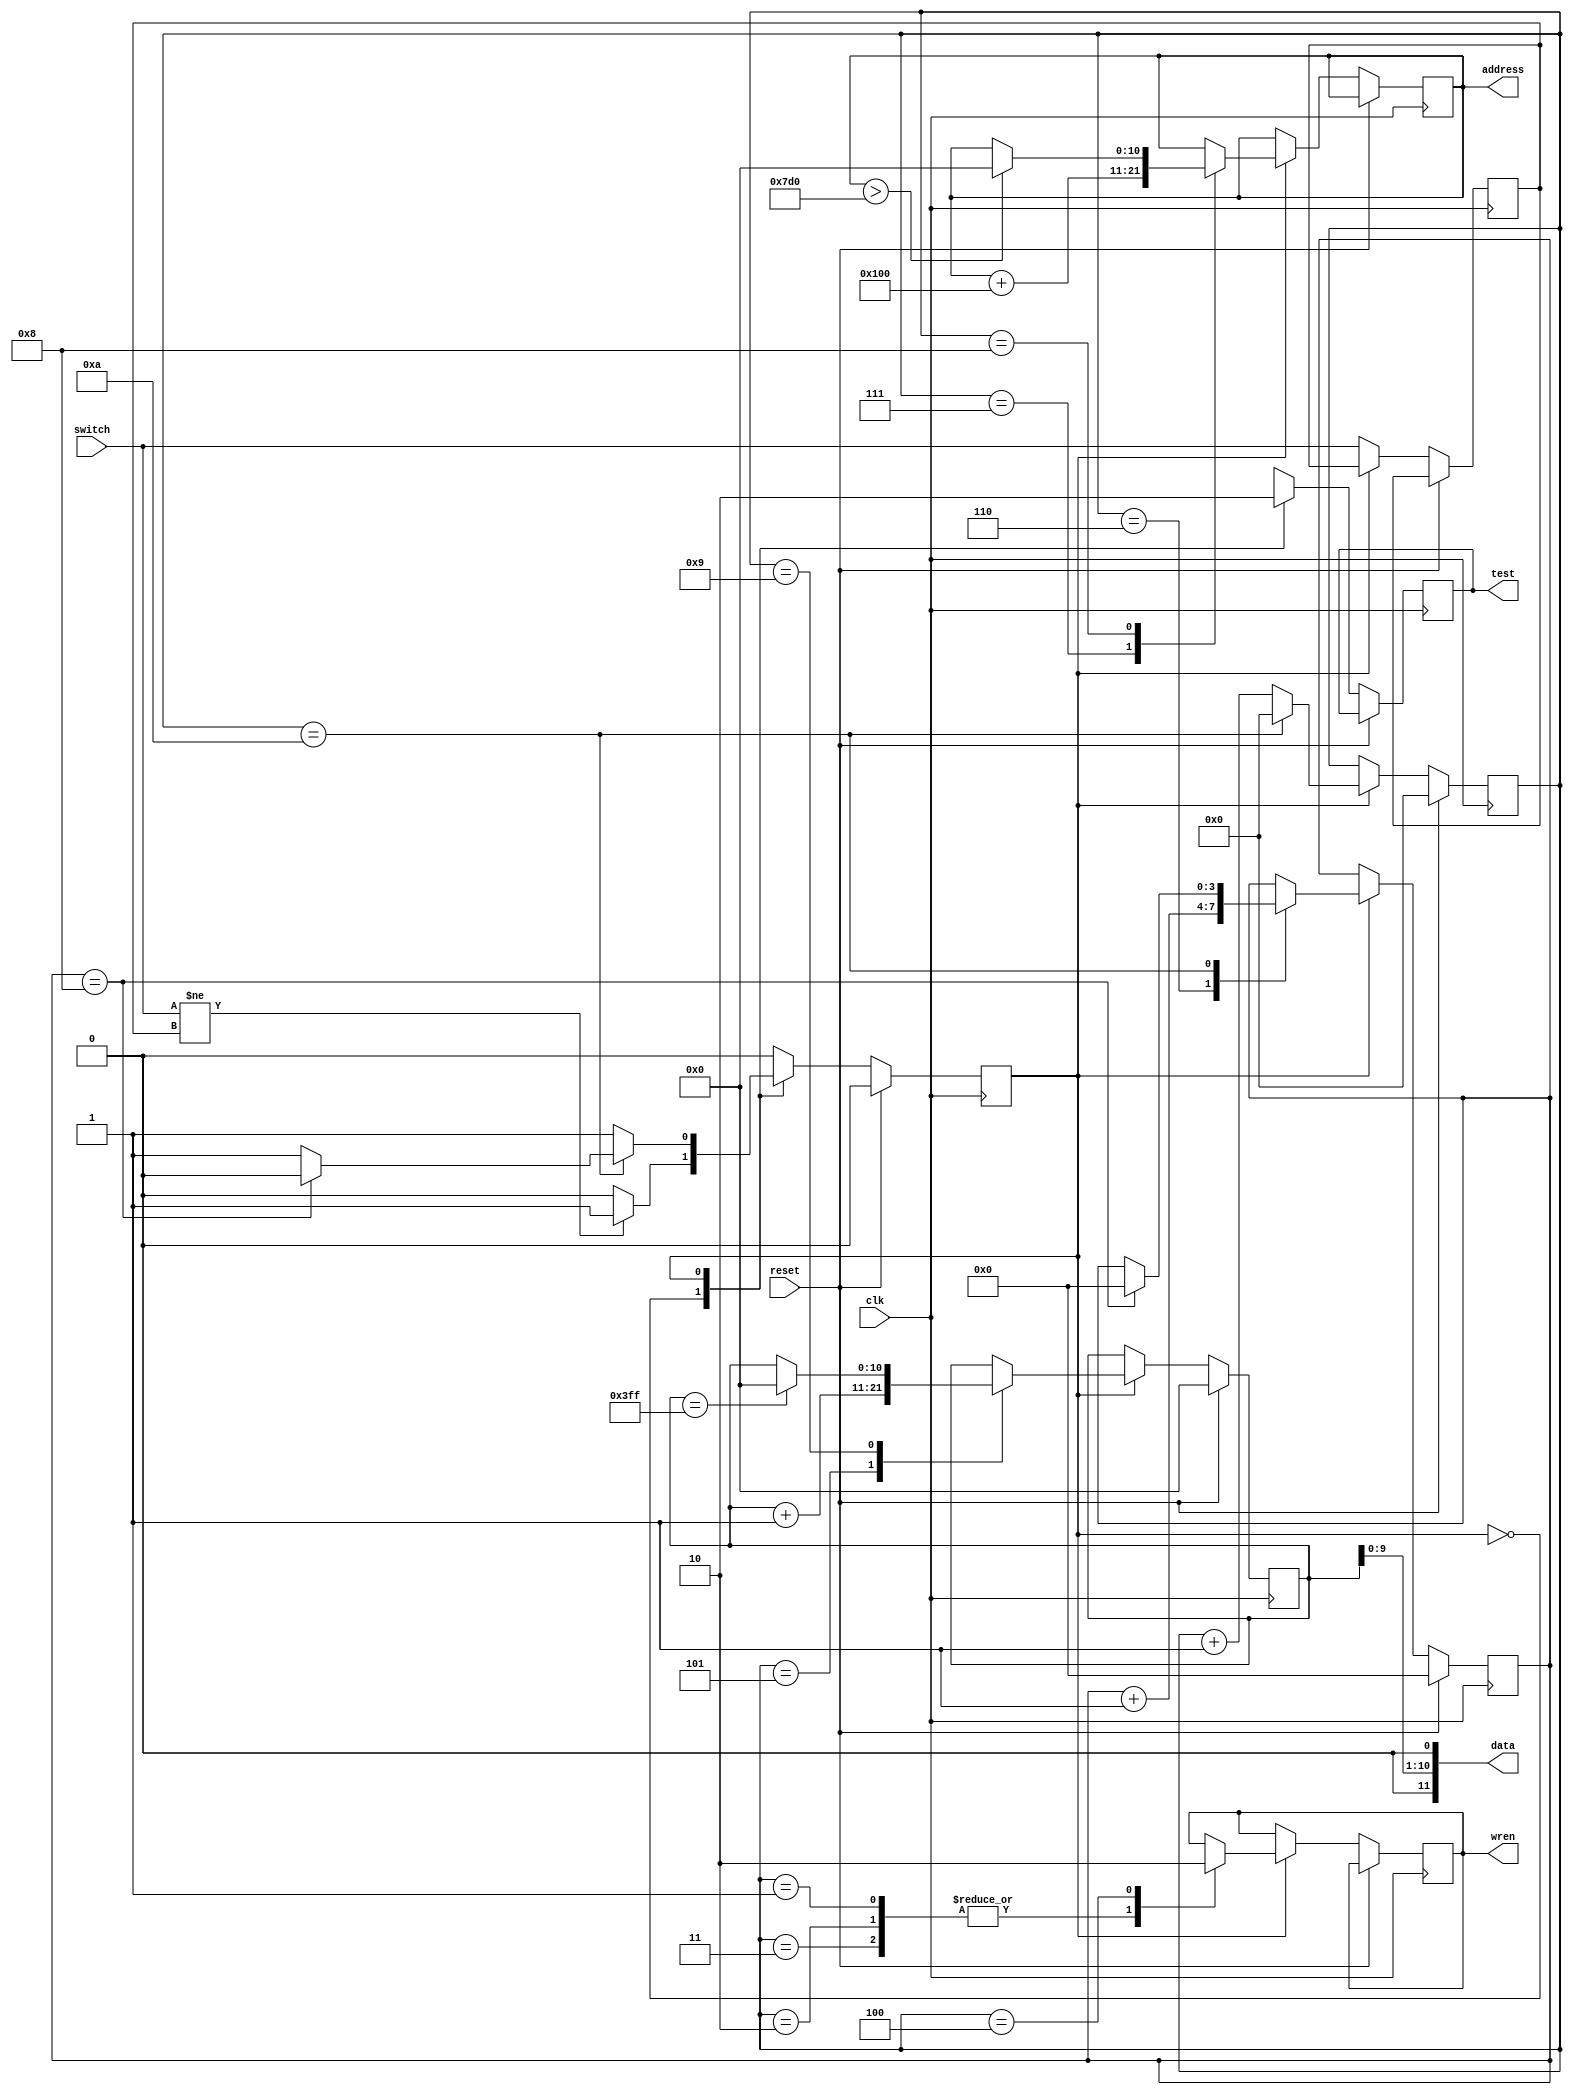
module Counter
(
	input clk,
	input switch,
	input reset,
	output wire [11:0]data,
	output reg [10:0]address,
	output reg wren,
	output reg test
);

`define WAIT 0
`define TX 1

reg tmp;
reg [10:0] count;
reg state;
reg [4:0]serial;
reg [3:0]cycle;

assign data[11:0] = {1'b0, count[9:0], 1'b0};

always@(posedge clk)
begin
if (reset) begin
serial <= 0;
cycle <= 0;
state <= 0;
count <= 0;
end else
begin
case (state)
	`WAIT: begin
		if (switch != tmp) state <= `TX; 
		test <= 1;
		tmp <= switch;
	end
	`TX: begin
		test <= 0;
		serial <= serial + 1'b1;
		case (serial)
			1,2,3: wren <= 1;
			4: wren <= 0;
			5: count <= count + 1'b1;
			6: cycle <= cycle + 1'b1;
			7: address <= address + 256;
			8: if (address > 2000) address <= 0;
			9: if (count == 1023) count <= 0;
			10: begin
				if (cycle == 8) begin
					state <= `WAIT;
					
					cycle <= 0;
				end
				serial <= 0;
			end
		endcase
	end
endcase
end
end
endmodule